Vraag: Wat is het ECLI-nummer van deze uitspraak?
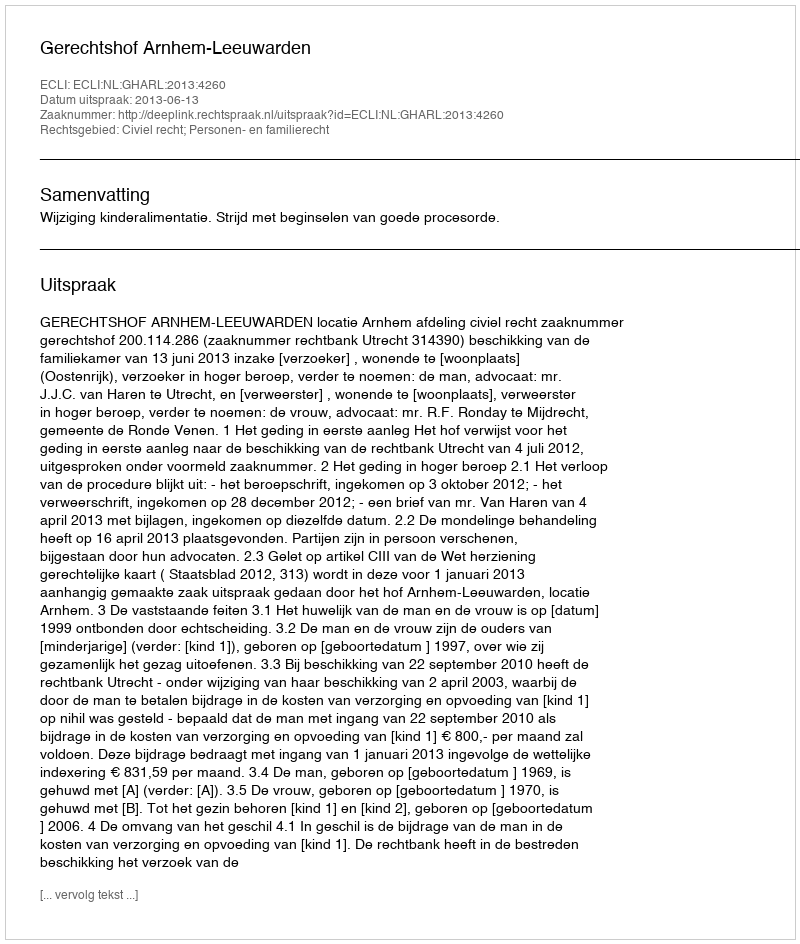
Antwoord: ECLI:NL:GHARL:2013:4260